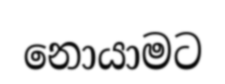
නොයාමට